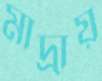
মাদ্রায়